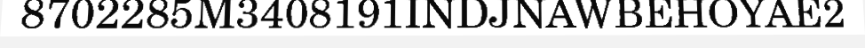
8702285M3408191INDJNAWBEHOYAE2